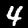
Digit: 4